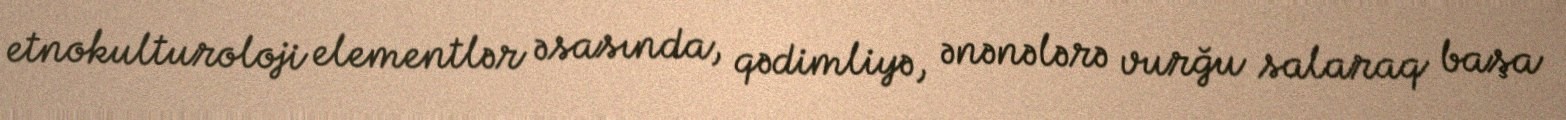
etnokulturoloji elementlər əsasında, qədimliyə, ənənələrə vurğu salaraq başa